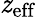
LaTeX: {\mathit{z}}_{\mathrm{eff}}